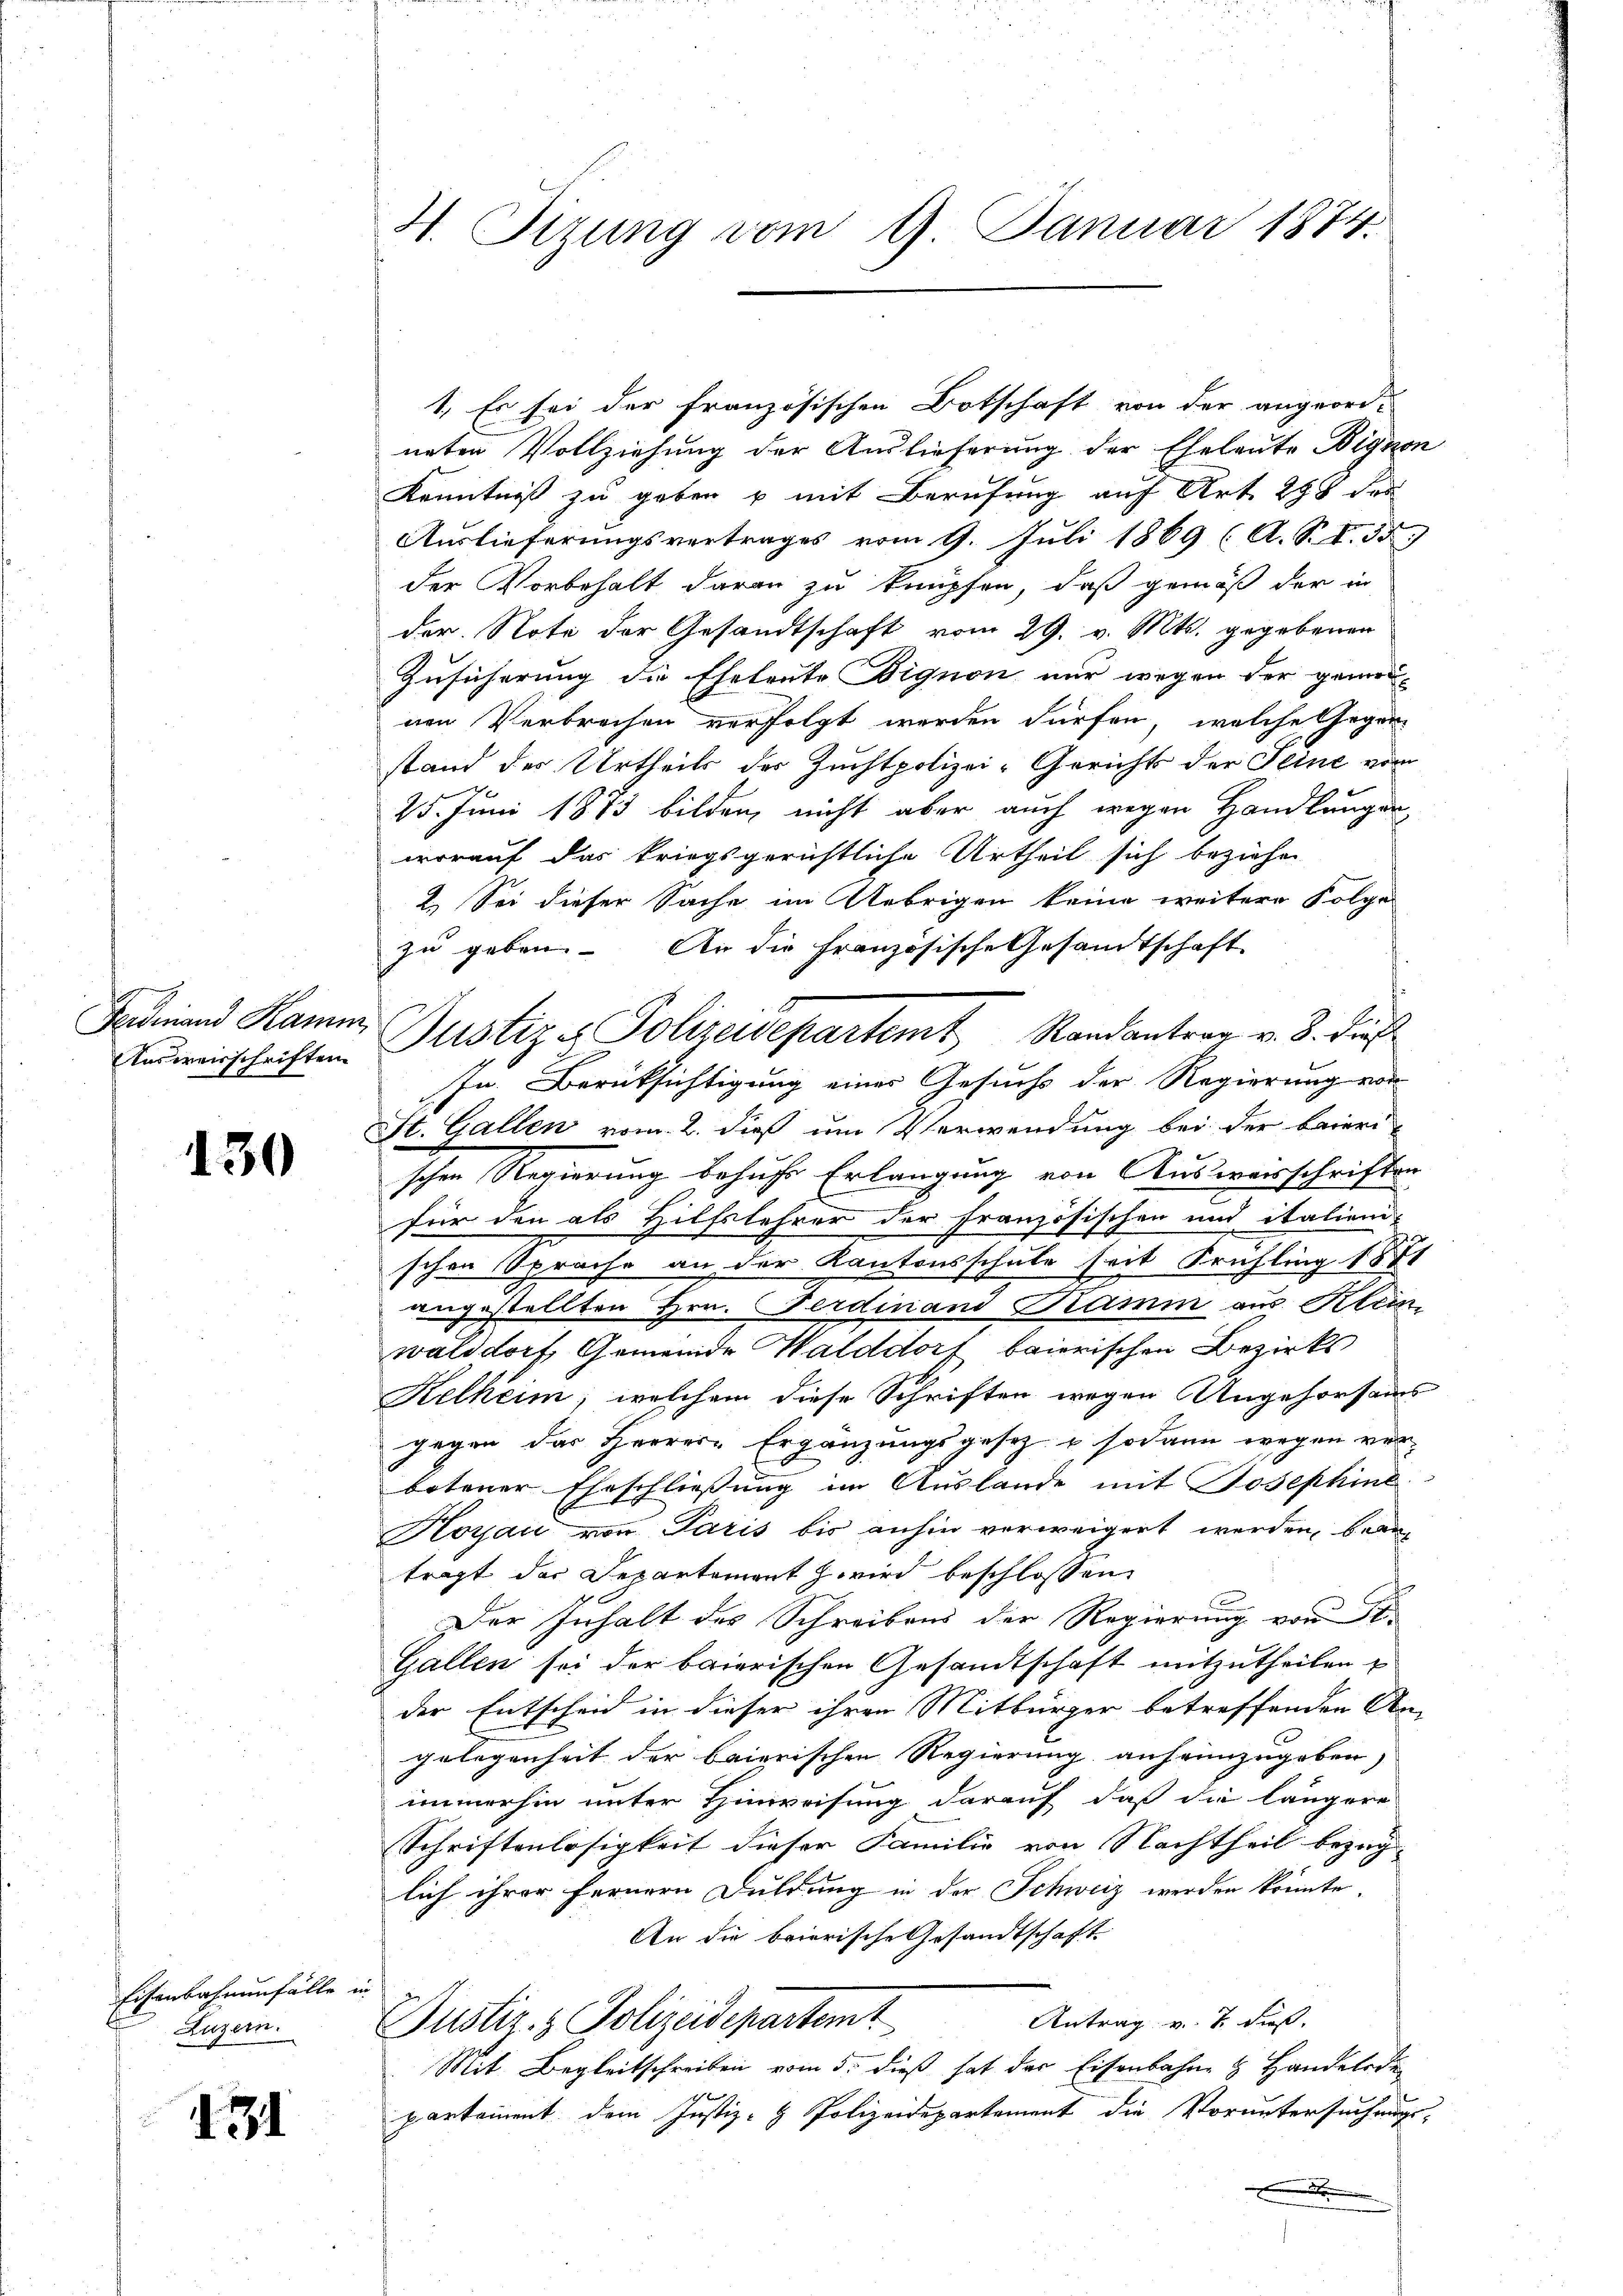
Ferdinand Kamm
Ausweisschriften

130

Eisenbahnenfälle
Luzern.

431

H. Sizung vom 9. Januar 1874.

neten Vollziehung der Auslieferung der Eheleute Bignon
Kenntniß zu geben u mit Berufung auf Art. 298 des
Auslieferungsvertrages vom 9. Juli 1869 (A. S. S. 55
der Vorbehalt daran zu knüpfen, daß gemäß der in
der. Note der Gesandtschaft vom 29. v. Mts. gegebenen
Zusicherung die Eheleute Bignon nur wegen der gemeinen Verbrechen verfolgt werden dürfen, welche Gegen-
stand des Urtheils des Zuchtpolizei-Gerichts der Seine vom
25. Juni 1873 bilden, nicht aber auch wegen Handlungen
worauf das kriegsgerichtliche Urtheil sich beziehe
2. Sei dieser Sache im Uebrigen keine weitere Folge
zu geben. An die Französische Gesamtschaft
Jn. Berücksichtigung einer Gesuchs der Regierung von
St. Gallen vom 2. dieß um Verwendung bei der baieri
schen Regierung behufe Erlangung von Auswerschriften
für den als Hilfslehrer der Französischen und italien-
schen Sprache an der Kantonsschule seit Frühling 1881
angestellten Hrn. Ferdinand Tramm aus Klein-
walddorf, Gemeinde Walddorf baierischen Bezirks
Kelheim, welchem diese Schriften wegen Angehorsams
gegen das Herrer Ergänzungsgesetz & sodann wegen ver-
botener Eheschliessung im Auslande mit Josephine
Hoyau von Paris bis anhin verweigert werden, beantragt das Departement wird beschlossen
Der Inhalt des Schreibens der Regierung von 1
Gallen sei der baierischen Gesandtschaft mitzutheilen
der Entscheid in dieser ihren Mitbürger betreffenden An-
gelegenheit der baierischen Regierung anheimzugeben,
immerhin unter Hinweisung darauf, daß die längere
Schriftenlosigkeit dieser Familie von Nachtheil bezüg-
lich ihrer fernern Duldung in der Schweiz werden könnte
An die baierische Gesandtschaft
vie
Antrag v. 7. dieß.
Justiz- & Polizeidepartem
Mit Begleitschreiben vom 5. dieß hat der Eisenbahn & Handeladen
a
partament dem Justiz- & Polizeidepartement die Voruntersuchungs-
.

Justiz - Polizeidepartemt Randantrag v. 8. dieß

1.) Es sei der französischen Botschaft von der angeord-